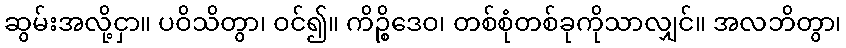
ဆွမ်းအလို့ငှာ။ ပဝိသိတွာ၊ ဝင်၍။ ကိဉ္စိဒေဝ၊ တစ်စုံတစ်ခုကိုသာလျှင်။ အလဘိတွာ၊